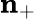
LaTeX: \mathbf{n}_{+}